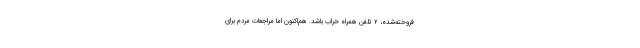
فروخته‌شده، ۲ تلفن همراه خراب باشد. هم‌اکنون اما مراجعات مردم برای